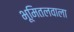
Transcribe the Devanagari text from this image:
भूमितलवाला